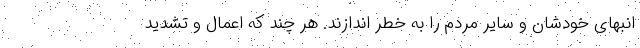
انبهای خودشان و سایر مردم را به خطر اندازند. هر چند که اعمال و تشدید